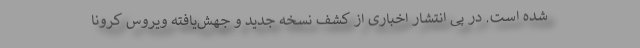
شده است. در پی انتشار اخباری از کشف نسخه جدید و جهش‌یافته ویروس کرونا